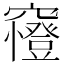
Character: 𥨰